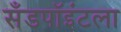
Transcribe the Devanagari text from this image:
सँडपॉइंटला